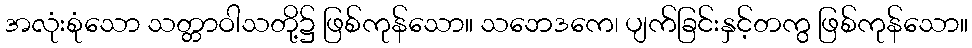
အလုံးစုံသော သတ္တာဝါသတို့၌ ဖြစ်ကုန်သော။ သဘေဒကေ၊ ပျက်ခြင်းနှင့်တကွ ဖြစ်ကုန်သော။